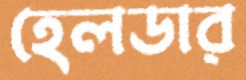
হেলডার